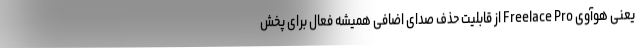
یعنی هوآوی Freelace Pro از قابلیت حذف صدای اضافی همیشه فعال برای پخش